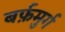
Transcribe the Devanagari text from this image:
बर्फ़मुर्ग